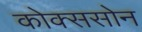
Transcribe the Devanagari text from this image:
कोक्ससोन